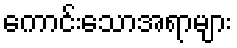
ကောင်းသောအရာများ